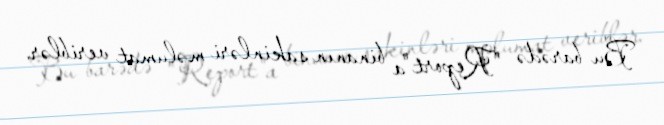
Bu barədə "Report"a binanın sakinləri məlumat veriblər.